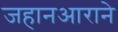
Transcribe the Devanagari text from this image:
जहानआराने